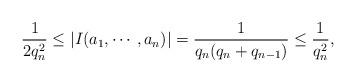
LaTeX: \begin{align*}\frac{1}{2q_n^2}\leq |I(a_1, \cdots, a_n)| = \frac{1}{q_n(q_n+q_{n-1})} \leq \frac{1}{q_n^2},\end{align*}